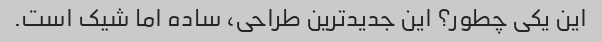
این یکی چطور؟ این جدیدترین طراحی، ساده اما شیک است.